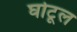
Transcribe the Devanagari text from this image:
घोटूल